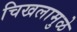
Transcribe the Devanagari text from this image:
चिखलामुळे